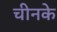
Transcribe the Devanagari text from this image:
चीनके